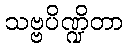
သဗ္ဗပိဏ္ဍိတာ